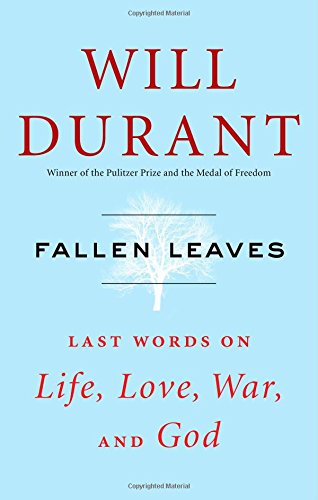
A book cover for Fallen Leaves: Last Words on Life, Love, War, and God; Will Durant; History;